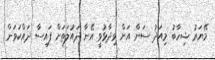
މޭޔަރު ޝިހާބު މިއަދު ސަން އަށް ވިދާޅުވީ އޭނާ ދައުލަތަށް ފައިސާ ދައްކަވަން